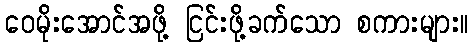
ဝေမိုးအောင်အဖို့ ငြင်းဖို့ခက်သော စကားများ။